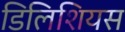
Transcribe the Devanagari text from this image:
डिलिशियस